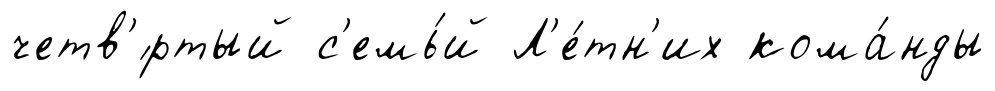
четв'́ртый с'емь́й Л'е́тн'их кома́нды